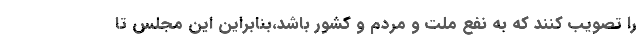
را تصویب کنند که به نفع ملت و مردم و کشور باشد،بنابراین این مجلس تا